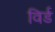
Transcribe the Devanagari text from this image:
विर्ड